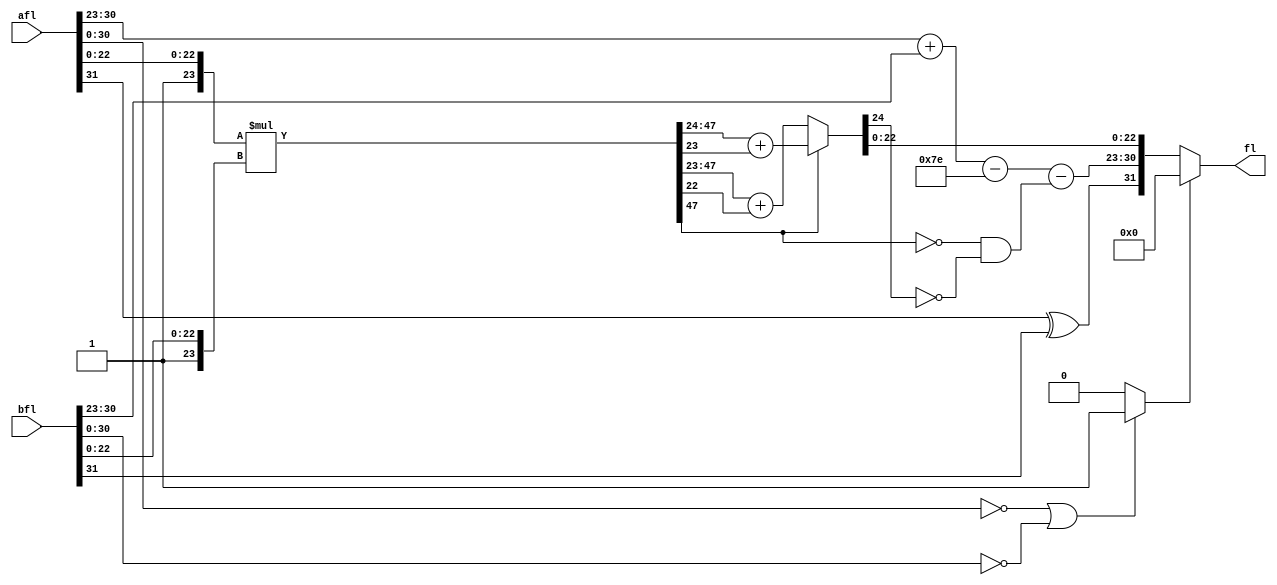
module flt_mult_comb
	(
	input	    [31:0]	afl,
	input	    [31:0]	bfl,
	output	reg [31:0]	fl
	);

reg	[47:0]	mfl_0;		// Mantisa of the Float
reg		sfl_0;		// Sign of the Float
reg	[7:0]	efl_0;		// Exponent of the Float
reg		zero_out_0;
reg		sfl_1;		// Sign of the Float
reg	[7:0]	efl_1;		// Exponent of the Float
reg		zero_out_1;
reg		mfl47_1;	// Mantisa of the Float
reg	[24:0]	nmfl_1;		// Normalized Mantisa of the Float
reg 		not_mfl_47;

always @* not_mfl_47 = (~mfl47_1 & ~nmfl_1[24]);

always @* begin
		// Pipe 0.
		// Multiply the mantisa.
		mfl_0 = {1'b1,afl[22:0]} * {1'b1,bfl[22:0]};
		// Calulate the Sign.
		sfl_0 = afl[31] ^ bfl[31];
		efl_0 = afl[30:23] + bfl[30:23] - 8'h7E;
		// If a or b equals zero, return zero.
		if((afl[30:0] == 0) || (bfl[30:0] == 0))zero_out_0 <= 1'b1;
		else zero_out_0 <= 1'b0;
		// Pipe 1.
		efl_1 = efl_0;	
		sfl_1 = sfl_0;	
		zero_out_1 = zero_out_0;
		mfl47_1  = mfl_0[47];
		if(mfl_0[47]) nmfl_1 = mfl_0[47:24] + mfl_0[23];
		else 	      nmfl_1 = mfl_0[47:23] + mfl_0[22];
		// Pipe 2.
		if(zero_out_1) fl = 32'h0;
		else 	       fl = {sfl_1,(efl_1 - not_mfl_47),nmfl_1[22:0]};
end


endmodule